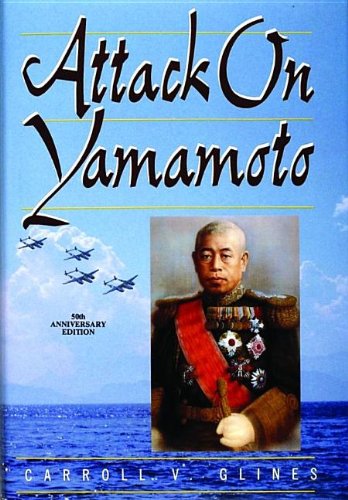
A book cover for Attack on Yamamoto:; Carroll V. Glines; History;